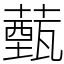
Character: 薽